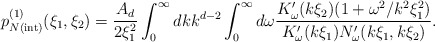
\begin{align*} p_{N{\mathrm{(int)}}}^{(1)}(\xi _1,\xi _2)=\frac{A_d}{2\xi _1^2}\int _{0}^{\infty } dk k^{d-2}\int _{0}^{\infty } d\omega \frac{K'_{\omega }(k\xi _2)(1+\omega ^2/k^2\xi _1^2)}{K'_{\omega } (k\xi _1)N'_{\omega }(k\xi _1,k\xi _2)}.\end{align*}